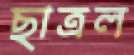
ছাত্রল